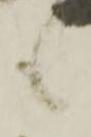
も